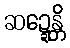
ဆဍ္ဍေန္တိ